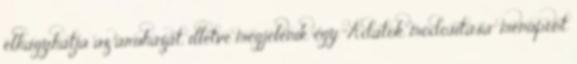
elhagyhatja az áruházat, illetve megjelenik egy "Adatok módosítása" menüpont